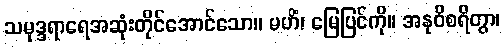
သမုဒ္ဒရာရေအဆုံးတိုင်အောင်သော။ မဟိံ၊ မြေပြင်ကို။ အနုဝိစရိတွာ၊